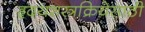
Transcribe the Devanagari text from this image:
हृदयशस्त्रक्रियेसाठी